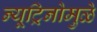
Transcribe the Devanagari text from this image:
न्यूट्रिनोमुळे